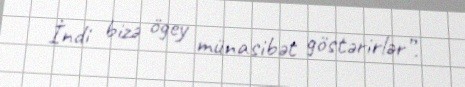
İndi bizə ögey münasibət göstərirlər”.